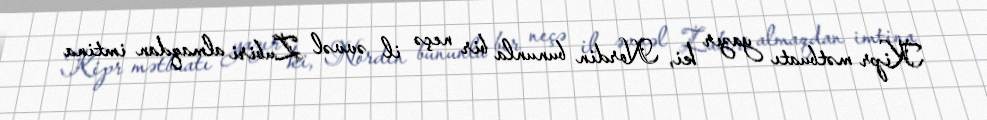
Kipr mətbuatı yazır ki, Nordin bununla bir neçə il əvvəl Zubiri almaqdan imtina